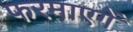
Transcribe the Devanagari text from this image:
फरमाएगें